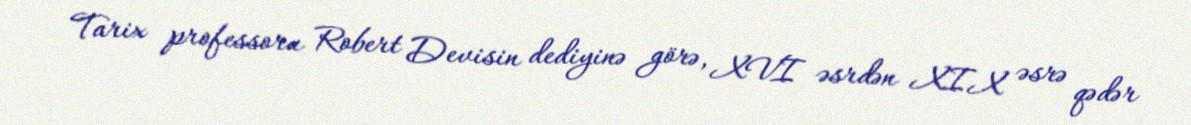
Tarix professoru Robert Devisin dediyinə görə, XVI əsrdən XIX əsrə qədər